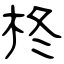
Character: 柊